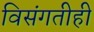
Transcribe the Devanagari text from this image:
विसंगतीही